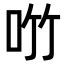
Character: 𪠿